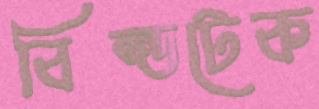
বিল্ডটেক